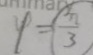
y = \frac { \pi } { 3 }